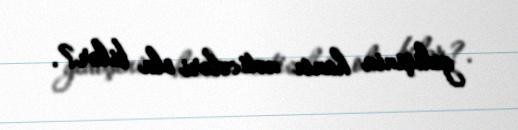
gedişinin hansı nəticələri ola bilər?.